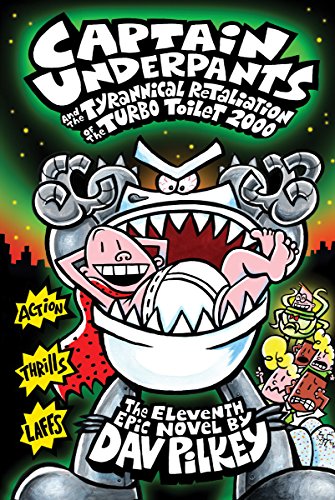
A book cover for Captain Underpants and the Tyrannical Retaliation of the Turbo Toilet 2000 (Captain Underpants #11); Dav Pilkey; Children's Books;